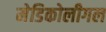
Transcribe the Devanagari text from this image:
मेडिकोलीगल